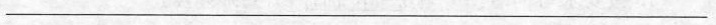
________________________